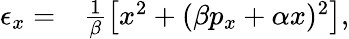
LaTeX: \begin{array}{rl}{\epsilon_{x}=}&{{}\frac{1}{\beta}\left[x^{2}+(\beta p_{x}+\alpha x)^{2}\right],}\end{array}